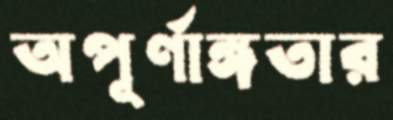
অপূর্ণাঙ্গতার